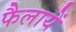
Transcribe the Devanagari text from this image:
फैलायें